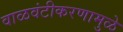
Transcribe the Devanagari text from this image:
वाळवंटीकरणामुळे